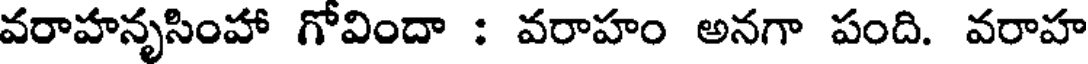
వరాహనృసింహా గోవిందా : వరాహం అనగా పంది. వరాహ